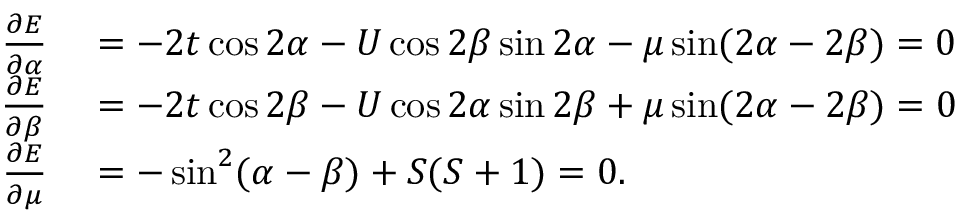
\begin{array} { r l } { \frac { \partial E } { \partial \alpha } } & { { } = - 2 t \cos 2 \alpha - U \cos 2 \beta \sin 2 \alpha - \mu \sin ( 2 \alpha - 2 \beta ) = 0 } \\ { \frac { \partial E } { \partial \beta } } & { { } = - 2 t \cos 2 \beta - U \cos 2 \alpha \sin 2 \beta + \mu \sin ( 2 \alpha - 2 \beta ) = 0 } \\ { \frac { \partial E } { \partial \mu } } & { { } = - \sin ^ { 2 } ( \alpha - \beta ) + S ( S + 1 ) = 0 . } \end{array}